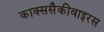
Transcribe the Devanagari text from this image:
काक्ससैकीवाइरस